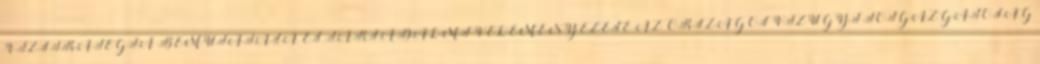
VÍZSTRATÉGIA BEMUTATÁSA ÉS TÁRSADALMI VÉLEMÉNYEZÉSE AZ ORSZÁGOS VÍZÜGYI FŐIGAZGATÓSÁG